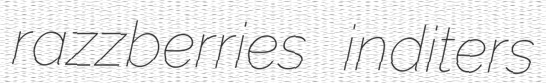
razzberries inditers